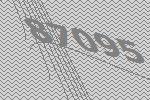
87095